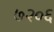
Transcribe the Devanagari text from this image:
७२०६